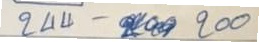
244 - 200